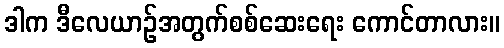
ဒါက ဒီလေယာဉ်အတွက်စစ်ဆေးရေး ကောင်တာလား။